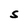
Character: S